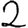
Digit: 2